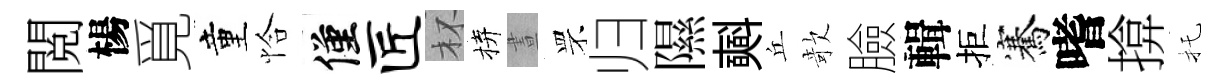
閲楊覓童恰僅匠杯拚晝罘归隰𣂏丘欹臉輯拒騫嗜揜托